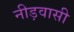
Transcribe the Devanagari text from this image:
नीड़वासी